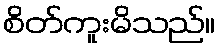
စိတ်ကူးမိသည်။